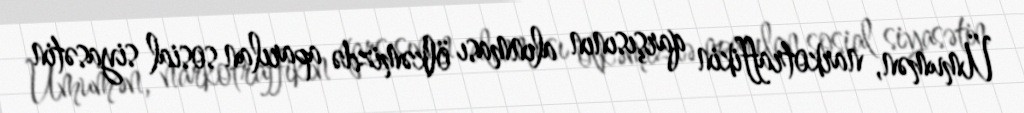
Ümumən, narkotraffikin qarşısının alınması ölkəmizdə aparılan sosial siyasətin